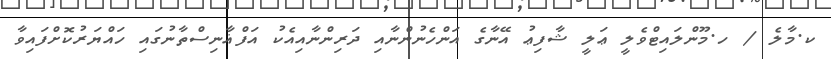
ކ.މާލެ / ހ.މޫންލައިޓްވެލީ ޢަލީ ޝާފިޢު އޭނާގެ އަންހެނުންނާއި ދަރިންނާއިއެކު އަފްޣާނިސްތާނުގައި ހައްޔަރުކޮށްފައިވާ